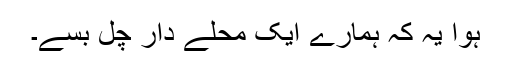
ہوا یہ کہ ہمارے ایک محلے دار چل بسے۔